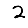
Digit: 2